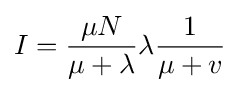
I={\frac {\mu N}{\mu +\lambda }}\lambda {\frac {1}{\mu +v}}